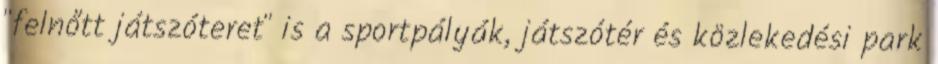
"felnőtt játszóteret" is a sportpályák, játszótér és közlekedési park